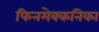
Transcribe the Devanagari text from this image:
फिनमेक्कनिका